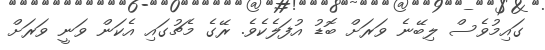
ގައިމުވެސް ލިބޭނެ ވަރަށް ބޮޑު އުފަލެކެވެ. ރޭގެ މެޗުގައި އެކަން ވަނީ ވަރަށް